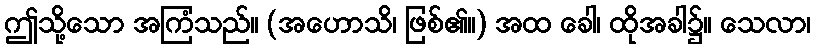
ဤသို့သော အကြံသည်။ (အဟောသိ၊ ဖြစ်၏။) အထ ခေါ၊ ထိုအခါ၌။ သေလာ၊